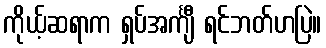
ကိုယ့်ဆရာက ရှပ်အင်္ကျီ ရင်ဘတ်ဟပြဲ။